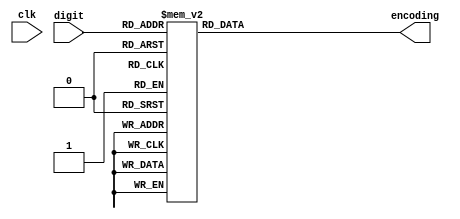
`timescale 1ns / 1ps
//////////////////////////////////////////////////////////////////////////////////
// Company: 
// Engineer: 
// 
// Design Name: 
// Module Name:    sevenseg 
// Project Name: 
// Target Devices: 
// Tool versions: 
// Description: 
//
// Dependencies: 
//
// Revision: 
// Revision 0.01 - File Created
// Additional Comments: 
//
//////////////////////////////////////////////////////////////////////////////////
module sevenseg(clk, digit, encoding);

input clk;
input [3:0] digit;
output reg [7:0] encoding;

always @(*)
  case (digit)
    0: encoding = 8'b11000000;
    1: encoding = 8'b11111001;
    2: encoding = 8'b10100100;
    3: encoding = 8'b10110000;
    4: encoding = 8'b10011001;
    5: encoding = 8'b10010010;
    6: encoding = 8'b10000010;
    7: encoding = 8'b11111000;
    8: encoding = 8'b10000000;
    9: encoding = 8'b10010000;
    10: encoding = 8'b11111111;
    default: encoding = 8'b10000110; // error state E
  endcase
endmodule